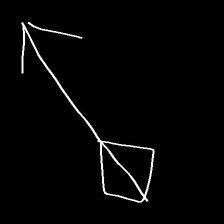
Glyph: focus